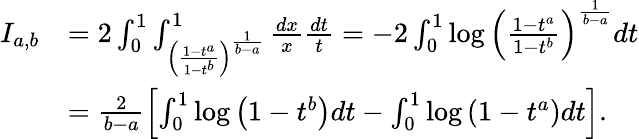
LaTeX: \begin{array}{rl}{I_{a,b}}&{=2\int_{0}^{1}\int_{\left(\frac{1-t^{a}}{1-t^{b}}\right)^{\frac{1}{b-a}}}^{1}\frac{dx}{x}\frac{dt}{t}=-2\int_{0}^{1}\log\left(\frac{1-t^{a}}{1-t^{b}}\right)^{\frac{1}{b-a}}dt}\\ &{=\frac{2}{b-a}\left[\int_{0}^{1}\log\left(1-t^{b}\right)dt-\int_{0}^{1}\log\left(1-t^{a}\right)dt\right].}\end{array}